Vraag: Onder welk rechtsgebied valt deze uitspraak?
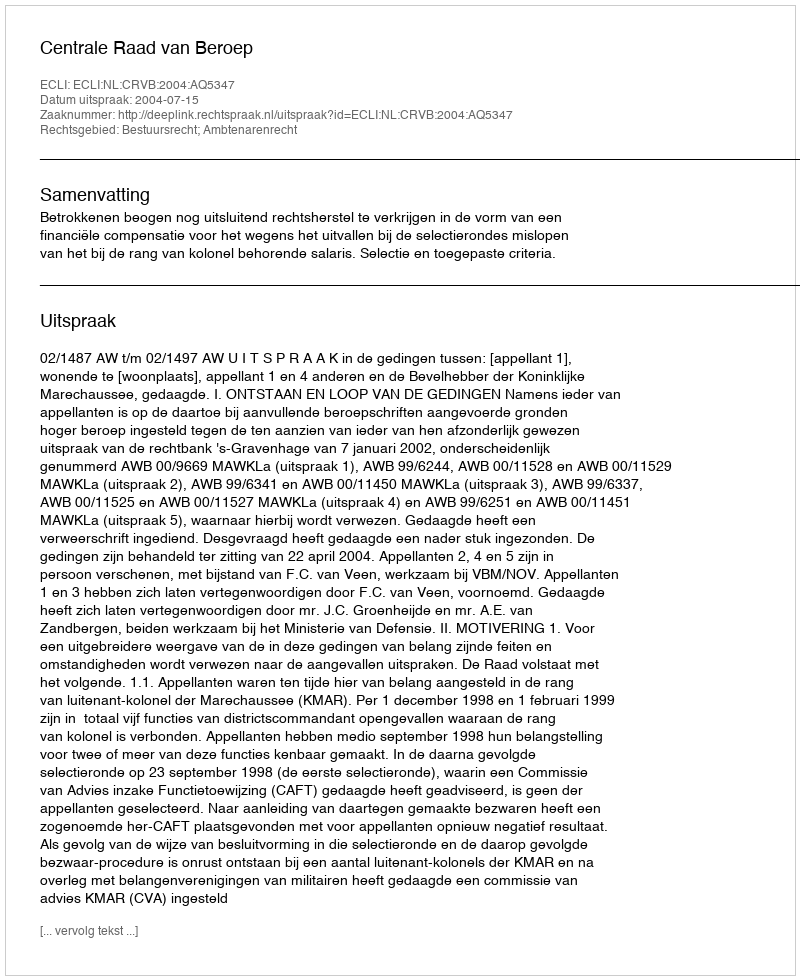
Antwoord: Bestuursrecht; Ambtenarenrecht